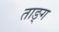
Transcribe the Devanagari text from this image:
ताङ्ग